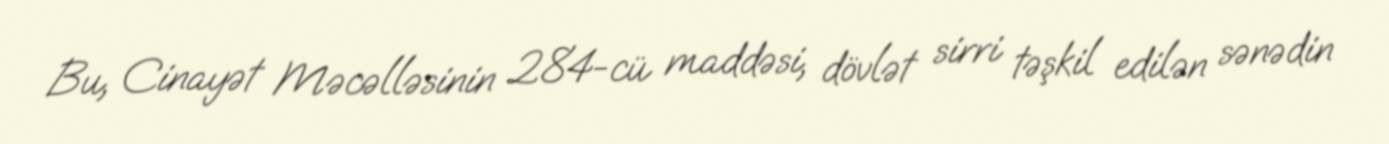
Bu, Cinayət Məcəlləsinin 284-cü maddəsi, dövlət sirri təşkil edilən sənədin